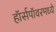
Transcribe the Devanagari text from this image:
हॉर्सपॉवरमध्ये